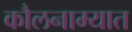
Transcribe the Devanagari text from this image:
कौलनाम्यात